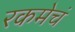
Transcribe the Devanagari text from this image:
रकमेचं